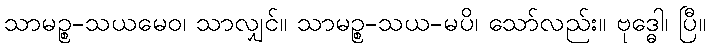
သာမဉ္စ-သယမေဝ၊ သာလျှင်။ သာမဉ္စ-သယ-မပိ၊ သော်လည်း။ ဗုဒ္ဓေါ၊ ပြီ။